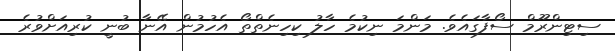
ސިޓިންރޫމް ސޯފާގައެވެ. މަންމަ ނިކުމެ ހާލު ކިހިނެތްތޯ އެހުމުން އޭނާ ބުނީ ކުރިއަށްވުރެ